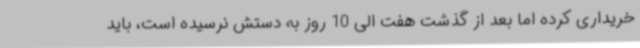
خریداری کرده اما بعد از گذشت هفت الی 10 روز به دستش نرسیده است، باید